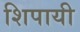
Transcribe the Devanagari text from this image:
शिपायी